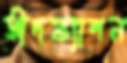
ঈদফ্যাশন